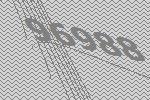
96988